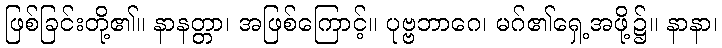
ဖြစ်ခြင်းတို့၏။ နာနတ္တာ၊ အဖြစ်ကြောင့်။ ပုဗ္ဗဘာဂေ၊ မဂ်၏ရှေ့အဖို့၌။ နာနာ၊